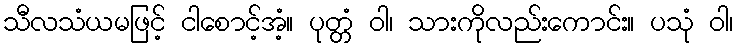
သီလသံယမဖြင့် ငါစောင့်အံ့။ ပုတ္တံ ဝါ၊ သားကိုလည်းကောင်း။ ပသုံ ဝါ၊